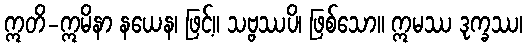
ဣတိ-ဣမိနာ နယေန၊ ဖြင့်။ သဗ္ဗဿပိ၊ ဖြစ်သော။ ဣမဿ ဒုက္ခဿ၊